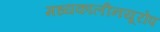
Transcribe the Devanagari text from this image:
मध्यकालीनयूरोप